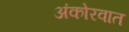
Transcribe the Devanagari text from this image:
अंकोरवात